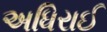
અધિરાઈ